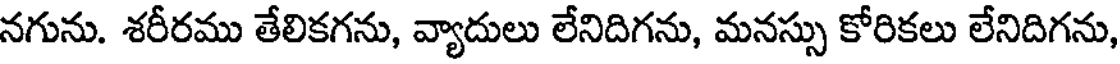
నగును. శరీరము తేలికగను, వ్యాదులు లేనిదిగను, మనస్సు కోరికలు లేనిదిగను,